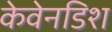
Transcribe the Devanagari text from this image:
केवेनडिश